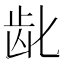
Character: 龀